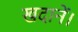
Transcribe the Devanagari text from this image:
खदानें।